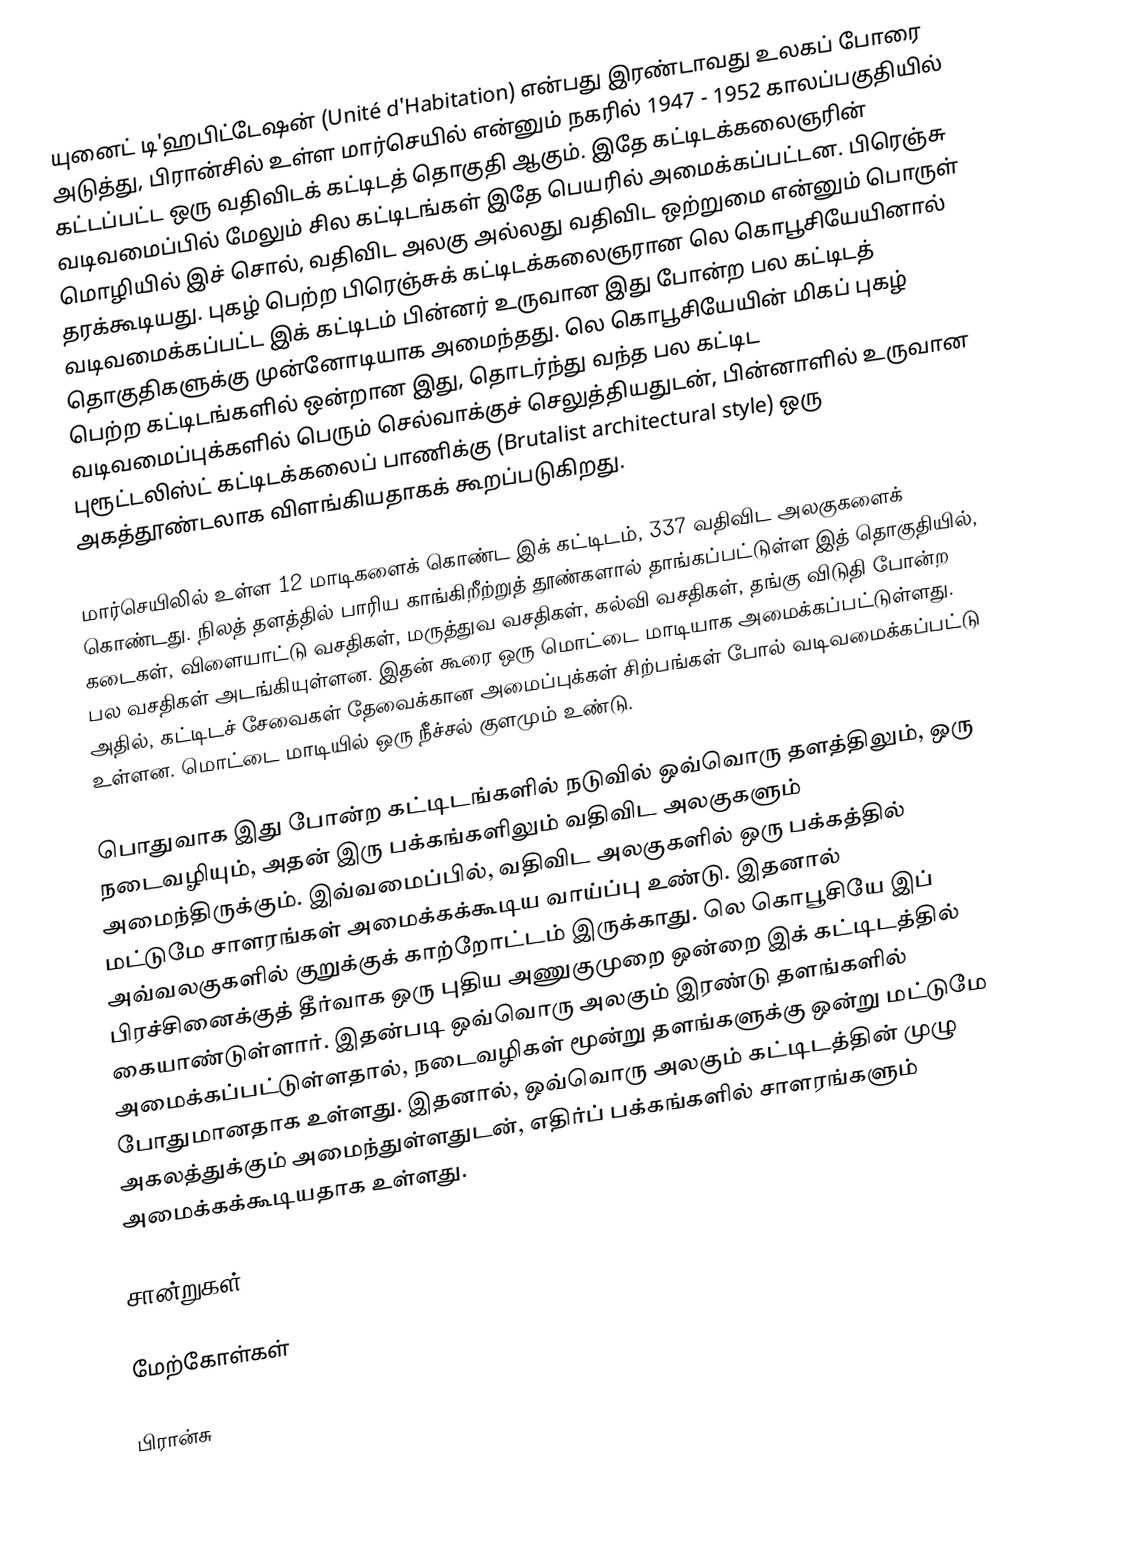
யுனைட் டி'ஹபிட்டேஷன் (Unité d'Habitation) என்பது இரண்டாவது உலகப் போரை அடுத்து, பிரான்சில் உள்ள மார்செயில் என்னும் நகரில் 1947 - 1952 காலப்பகுதியில் கட்டப்பட்ட ஒரு வதிவிடக் கட்டிடத் தொகுதி ஆகும். இதே கட்டிடக்கலைஞரின் வடிவமைப்பில் மேலும் சில கட்டிடங்கள் இதே பெயரில் அமைக்கப்பட்டன. பிரெஞ்சு மொழியில் இச் சொல், வதிவிட அலகு அல்லது வதிவிட ஒற்றுமை என்னும் பொருள் தரக்கூடியது. புகழ் பெற்ற பிரெஞ்சுக் கட்டிடக்கலைஞரான லெ கொபூசியேயினால் வடிவமைக்கப்பட்ட இக் கட்டிடம் பின்னர் உருவான இது போன்ற பல கட்டிடத் தொகுதிகளுக்கு முன்னோடியாக அமைந்தது. லெ கொபூசியேயின் மிகப் புகழ் பெற்ற கட்டிடங்களில் ஒன்றான இது, தொடர்ந்து வந்த பல கட்டிட வடிவமைப்புக்களில் பெரும் செல்வாக்குச் செலுத்தியதுடன், பின்னாளில் உருவான புரூட்டலிஸ்ட் கட்டிடக்கலைப் பாணிக்கு (Brutalist architectural style) ஒரு அகத்தூண்டலாக விளங்கியதாகக் கூறப்படுகிறது.

மார்செயிலில் உள்ள 12 மாடிகளைக் கொண்ட இக் கட்டிடம், 337 வதிவிட அலகுகளைக் கொண்டது. நிலத் தளத்தில் பாரிய காங்கிறீற்றுத் தூண்களால் தாங்கப்பட்டுள்ள இத் தொகுதியில், கடைகள், விளையாட்டு வசதிகள், மருத்துவ வசதிகள், கல்வி வசதிகள், தங்கு விடுதி போன்ற பல வசதிகள் அடங்கியுள்ளன. இதன் கூரை ஒரு மொட்டை மாடியாக அமைக்கப்பட்டுள்ளது. அதில், கட்டிடச் சேவைகள் தேவைக்கான அமைப்புக்கள் சிற்பங்கள் போல் வடிவமைக்கப்பட்டு உள்ளன. மொட்டை மாடியில் ஒரு நீச்சல் குளமும் உண்டு.

பொதுவாக இது போன்ற கட்டிடங்களில் நடுவில் ஒவ்வொரு தளத்திலும், ஒரு நடைவழியும், அதன் இரு பக்கங்களிலும் வதிவிட அலகுகளும் அமைந்திருக்கும். இவ்வமைப்பில், வதிவிட அலகுகளில் ஒரு பக்கத்தில் மட்டுமே சாளரங்கள் அமைக்கக்கூடிய வாய்ப்பு உண்டு. இதனால் அவ்வலகுகளில் குறுக்குக் காற்றோட்டம் இருக்காது. லெ கொபூசியே இப் பிரச்சினைக்குத் தீர்வாக ஒரு புதிய அணுகுமுறை ஒன்றை இக் கட்டிடத்தில் கையாண்டுள்ளார். இதன்படி ஒவ்வொரு அலகும் இரண்டு தளங்களில் அமைக்கப்பட்டுள்ளதால், நடைவழிகள் மூன்று தளங்களுக்கு ஒன்று மட்டுமே போதுமானதாக உள்ளது. இதனால், ஒவ்வொரு அலகும் கட்டிடத்தின் முழு அகலத்துக்கும் அமைந்துள்ளதுடன், எதிர்ப் பக்கங்களில் சாளரங்களும் அமைக்கக்கூடியதாக உள்ளது.

சான்றுகள்

மேற்கோள்கள்

பிரான்சு